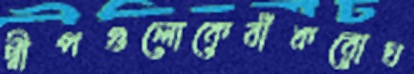
দ্বীপগুলোকেবাঁকবোঘ